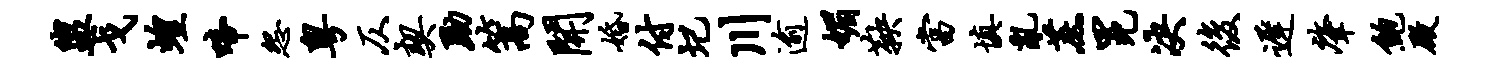
盥戈蝗啼怨粤仄契黝篙开婚付圮川逾媚鞅当填乱蔗冕决后迟肇鲍殿